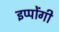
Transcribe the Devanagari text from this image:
इप्पोंगी